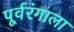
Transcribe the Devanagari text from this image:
पूर्वरंगाला